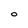
Character: 0